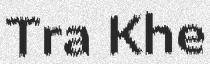
Tra Khe